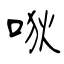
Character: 唙